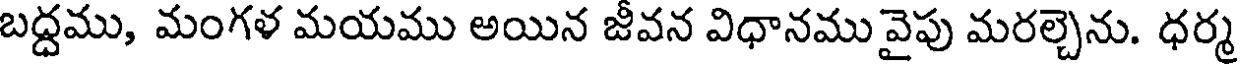
బద్దము, మంగళ మయము అయిన జీవన విధానము వైపు మరల్చెను. ధర్మ